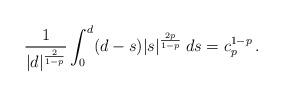
LaTeX: \begin{align*}\frac1{|d|^{\frac{2}{1-p}}} \int_0^d(d-s) |s|^{\frac{2p}{1-p}}\: ds = c_p^{1-p}\,.\end{align*}